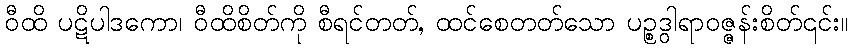
ဝီထိ ပဋိပါဒကော၊ ဝီထိစိတ်ကို စီရင်တတ်, ထင်စေတတ်သော ပဉ္စဒွါရာဝဇ္ဇန်းစိတ်၎င်း။